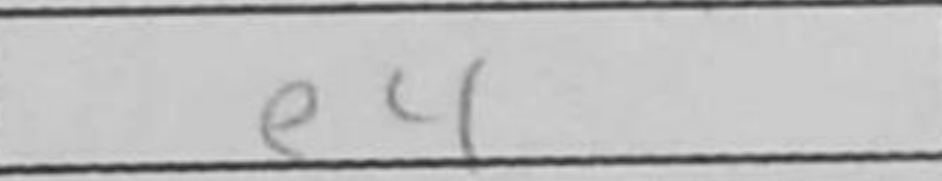
Transcription: e4